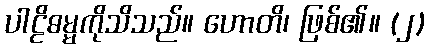
ပါဠိဓမ္မကိုသိသည်။ ဟောတိ၊ ဖြစ်၏။ (၂)